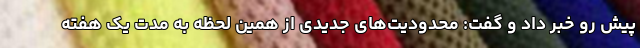
پیش رو خبر داد و گفت: محدودیت‌های جدیدی از همین لحظه به مدت یک هفته